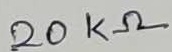
Text: 20KΩ